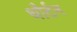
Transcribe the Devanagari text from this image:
थौर्टन